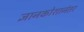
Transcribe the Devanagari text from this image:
ज्ञानकोशानंतर